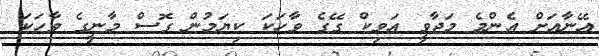
އޭނާއަށް އެންމެ މަޖާވީ އަވިކް ގޭގެ ވާހަކަ ކިޔަމުން ގޮސް މާނީގެ ވާހަކަ